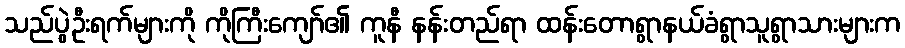
သည်ပွဲဦးရက်များကို ကိုကြီးကျော်၏ ကူနီ နန်းတည်ရာ ထန်းတောရွာနယ်ခံရွာသူရွာသားများက